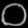
Digit: ၀